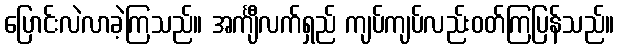
ပြောင်းလဲလာခဲ့ကြသည်။ အင်္ကျီလက်ရှည် ကျပ်ကျပ်လည်းဝတ်ကြပြန်သည်။